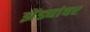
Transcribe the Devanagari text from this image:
झेंड्यांवर